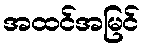
အထင်အမြင်